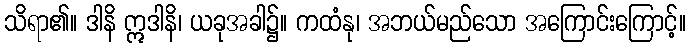
သိရာ၏။ ဒါနိ ဣဒါနိ၊ ယခုအခါ၌။ ကထံနု၊ အဘယ်မည်သော အကြောင်းကြောင့်။